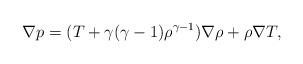
LaTeX: \begin{align*}\nabla p = (T + \gamma(\gamma-1)\rho^{\gamma-1})\nabla\rho + \rho\nabla T ,\end{align*}